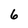
Character: 6